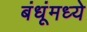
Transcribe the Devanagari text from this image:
बंधूंमध्ये